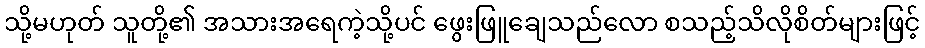
သို့မဟုတ် သူတို့၏ အသားအရေကဲ့သို့ပင် ဖွေးဖြူချေသည်လော စသည့်သိလိုစိတ်များဖြင့်